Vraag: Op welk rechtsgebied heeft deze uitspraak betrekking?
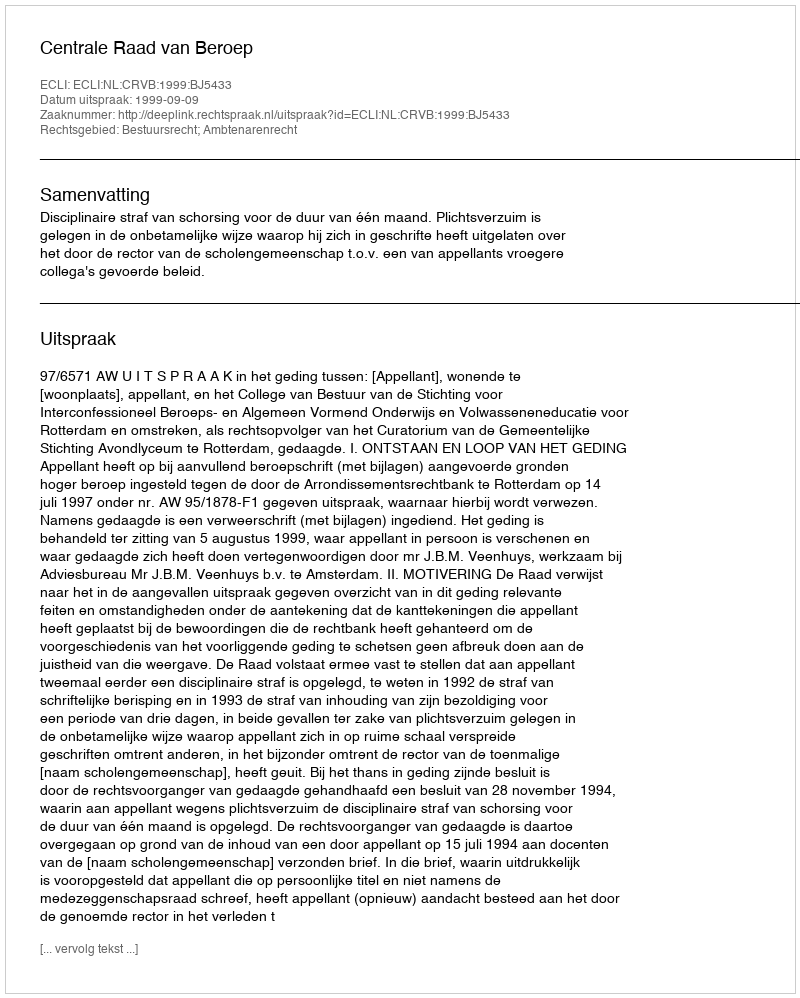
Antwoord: Bestuursrecht; Ambtenarenrecht